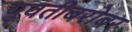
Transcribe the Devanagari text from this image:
युवतीबरोबर